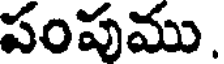
పంపుము.